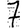
Digit: 7